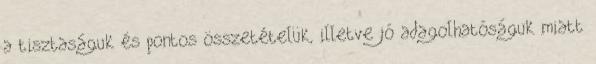
a tisztaságuk és pontos összetételük, illetve jó adagolhatóságuk miatt